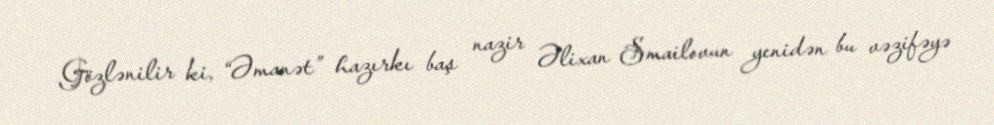
Gözlənilir ki, “Əmanət” hazırkı baş nazir Əlixan Smailovun yenidən bu vəzifəyə